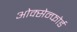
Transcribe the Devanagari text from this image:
ओक्सेन्फोर्ड